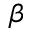
\beta